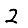
Digit: 2